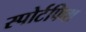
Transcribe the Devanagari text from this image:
स्पोर्टफिश